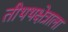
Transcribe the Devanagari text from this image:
तीथथक्षेत्राला